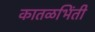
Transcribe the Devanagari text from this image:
कातळभिंती